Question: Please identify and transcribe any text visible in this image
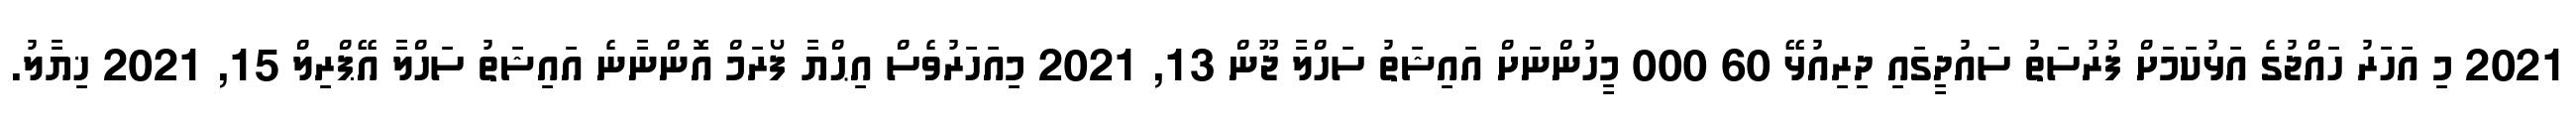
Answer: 2021 މި އަހަރު ހައްޖުގެ އަޅުކަމަށް ފުރުސަތު ސައުދީގައި ދިރިއުޅޭ 60 000 މީހުންނަށް އައިޝަތު ސަހްލާ ޖޫން 13, 2021 މިއަހަރުވެސް އިޙްޔާ ފޯރަމް އޮންނާނެ އައިޝަތު ސަހްލާ އޭޕްރިލް 15, 2021 ޚިޔާލު.